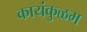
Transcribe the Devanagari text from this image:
कायंकुळम